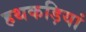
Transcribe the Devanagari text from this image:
हथकड़ियां